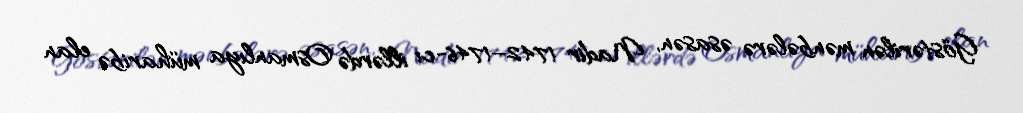
Göstərilən mənbələrə əsasən, Nadir 1742–1746-cı illərdə Osmanlıya müharibə elan